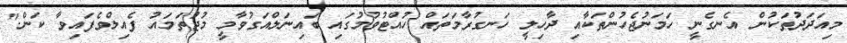
މިއަދަދުތަކުން އެނގެނީ ހަމަނުޖެހުންތަކާއި ދާހިލީ ހަނގުރާމަތައް ހުއްޓުވުމުގައި ބައިނަލްއަގުވާމީ މުޖުތަމައު ފެއިލްވެފައިވާ ކަން."